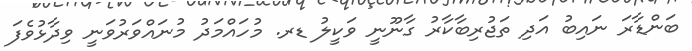
ބަންޑާރަ ނައިބު އަދި ތަޖުރިބާކާރު ގާނޫނީ ވަކީލު ޑރ. މުހައްމަދު މުނައްވަރުވަނީ ވިދާޅުވެފަ